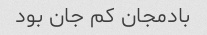
بادمجان کم جان بود